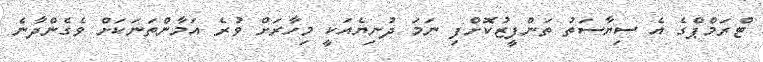
ޓްރަމްޕްގެ އެ ސިޔާސަތު ތަންފީޒުކޮށްފި ނަމަ ދުނިޔެއަކީ މިހާރަށް ވުރެ އަމާންތަނަކަށް ވެގެންދާނެ